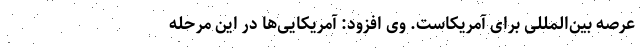
عرصه بین‌المللی برای آمریکاست. وی افزود: آمریکایی‌ها در این مرحله